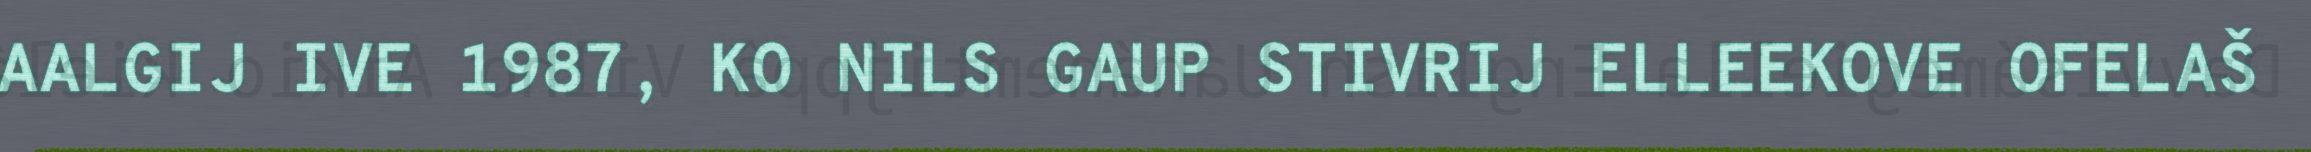
AALGIJ IVE 1987, KO NILS GAUP STIVRIJ ELLEEKOVE OFELAŠ